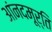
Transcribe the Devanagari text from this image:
आंनदमूर्ति